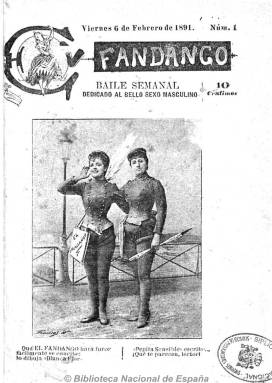
Título: El Fandango (Barcelona)
Colección: Revistas licenciosas
Ámbito geográfico: Barcelona
Lugar de publicación: Barcelona
Fechas: 06/02/1891-13/11/1891

Publicación periódica ilustrada que cultiva el denominado género erótico-festivo, de ahí que utilice como título un baile definido como alegre. Aparece el seis de febrero de 1891, con el subtítulo “baile semanal dedicado al bello [hermoso] sexo masculino”, dando a entender que es redactado por el sexo “contrario”, es decir, por mujeres, de tal forma que en su cabecera indica que su directora literaria es Dª Pepita Sensible, y la directora artística, Dª Blanca Flor, apareciendo después Dª Panchita Caliente como directora, y utilizando como firmas de sus textos otros seudónimos como Casta del Todo.

Se publica en números de 16 páginas y en cada portada aparece la fotografía de una mujer, generalmente para la época, ligera de ropa, y en su interior dibujos y chistes de carácter erótico o sexual, así como sus pies de texto, de un estilo irreverente, desvergonzado o taimado. Cada número comienza con una especie de crónica, que utiliza un lenguaje procaz y atrevido, siempre de carácter sexual. También inserta epigramas, romances, cantares, algún folletín y otros relatos, asimismo con el mismo carácter “verde” o lascivo, y otros tremenditas y hasta escatológicos. A través de sus textos pretende también hacer una crítica contra la moral sexual establecida y a favor de las relaciones amorosas desinhibidas, a la vez que también pretende distanciarse de lo que era tildado de pornográfico.

Al parecer, fue una publicación “premiada” por el favor del público y al mismo tiempo fue objeto de numerosas censuras judiciales, secuestros gubernamentales de sus ejemplares, amenazas a sus venderos y multas varias, al ser denunciados sus contenidos de indecentes y escandalosos. También editó una Biblioteca de El Fandango, con novelas breves del mismo tenor. El número 41, correspondiente al 13 de noviembre de 1891, es el último de la colección de la Biblioteca Nacional de España. Se desconoce cuando cesó definitivamente, pero seguía publicándose todavía en enero de 1894.